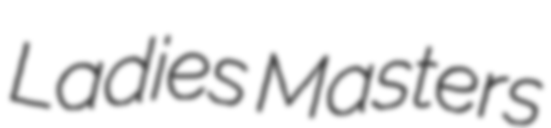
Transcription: Ladies Masters